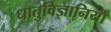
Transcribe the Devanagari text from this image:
धातुविज्ञानियों